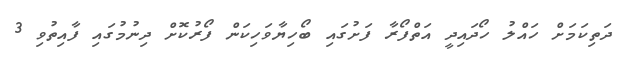
ދަތިކަމަށް ހައްލު ހޯދައިދީ އަތްފޯރާ ފަށުގައި ބޯހިޔާވަހިކަން ފޯރުކޮށް ދިނުމުގައި ފާއިތުވި 3